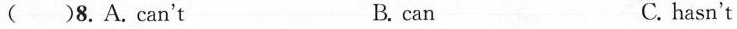
( )8. A. can't B. can C. hasn't